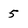
Character: 5